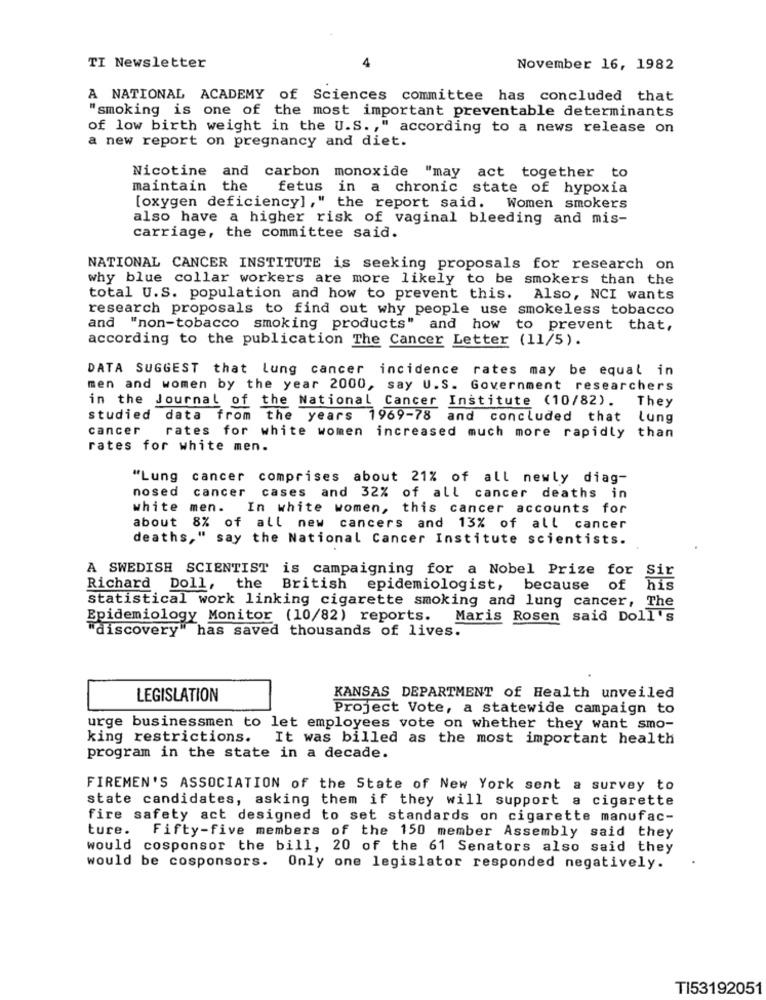
4
TI Newsletter
November 16, 1982
A NATIONAL ACADEMY of Sciences committee has concluded that
"smoking is one of the most important preventable determinants
of low birth weight in the U.S ., " according to a news release on
a new report on pregnancy and diet.
Nicotine and carbon monoxide "may act together to
maintain the
fetus in a chronic state of hypoxia
[oxygen deficiency] ," the report said. Women smokers
also have a higher risk of vaginal bleeding and mis-
carriage, the committee said.
NATIONAL CANCER INSTITUTE is seeking proposals for research on
why blue collar workers are more likely to be smokers than the
total U.S. population and how to prevent this.
Also, NCI wants
research proposals to find out why people use smokeless tobacco
and "non-tobacco smoking products" and how to prevent that,
according to the publication The Cancer Letter (11/5).
DATA SUGGEST that lung cancer incidence rates may be equal in
men and women by the year 2000, say U.S. Government researchers
in the Journal of the National Cancer Institute (10/82). They
studied data from the years 1969-78 and concluded that lung
cancer
rates for white women increased much more rapidly than
rates for white men.
"Lung cancer comprises about 21% of all newly diag-
nosed
cancer
cases and 32% of all cancer deaths in
white
men.
In white women, this cancer accounts for
about 8% of all new cancers and 13% of all cancer
deaths," say the National Cancer Institute scientists.
A SWEDISH SCIENTIST is campaigning for a Nobel Prize for Sir
Richard Doll,
the
British
epidemiologist, because
of
his
statistical work linking cigarette smoking and lung cancer, The
Epidemiology Monitor (10/82) reports.
Maris Rosen said Doll's
"discovery" has saved thousands of lives.
LEGISLATION
KANSAS DEPARTMENT of Health unveiled
Project Vote, a statewide campaign to
urge businessmen to let employees vote on whether they want smo-
king restrictions.
It was billed as the most important health
program in the state in a decade.
FIREMEN'S ASSOCIATION of the State of New York sent a survey to
state candidates, asking them if they will support a cigarette
fire safety act designed to set standards on cigarette manufac-
ture.
Fifty-five members of the 150 member Assembly said they
would cosponsor the bill, 20 of the 61 Senators also said they
would be cosponsors. Only one legislator responded negatively.
TI53192051